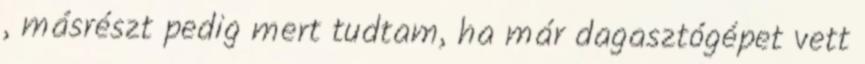
, másrészt pedig mert tudtam, ha már dagasztógépet vett